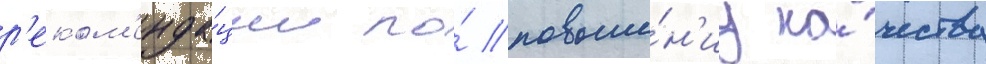
р'еком'енда́ции по́ повыше́н'иу ка́чества